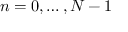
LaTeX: n = 0 , \ldots , N - 1